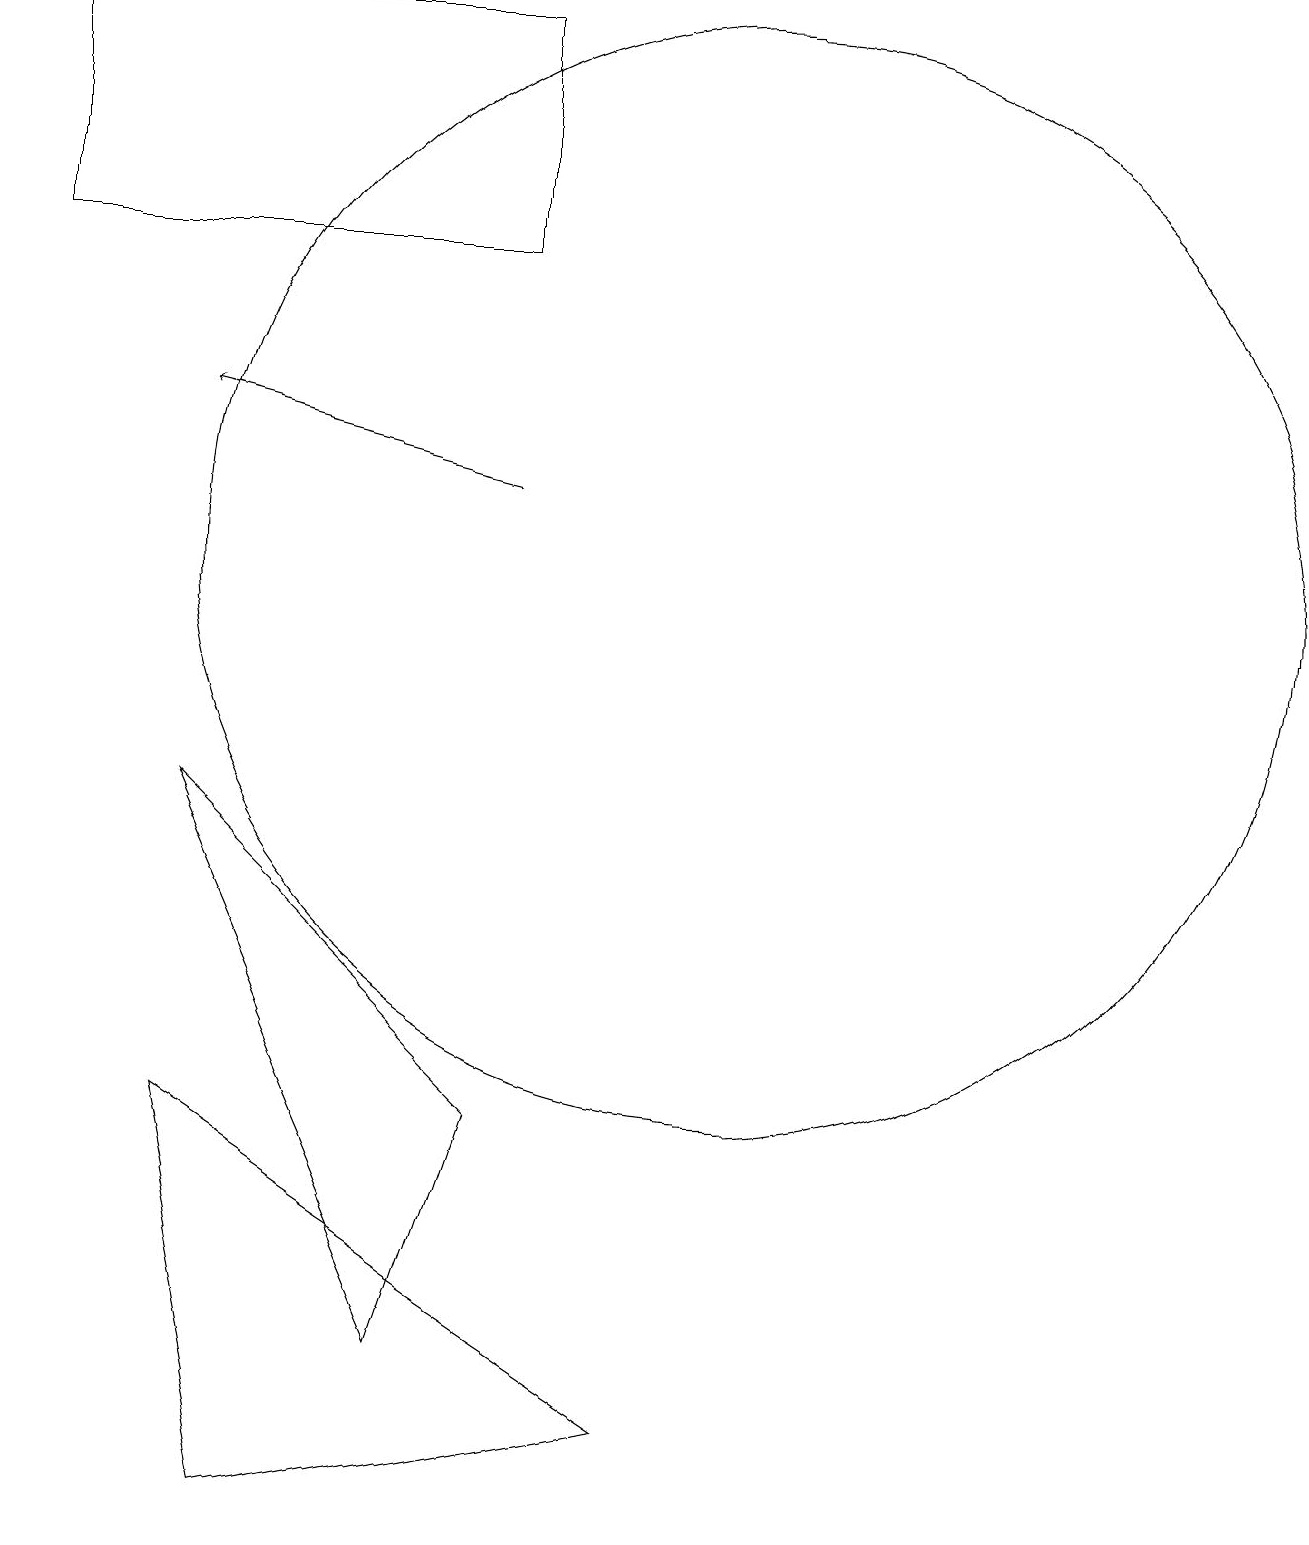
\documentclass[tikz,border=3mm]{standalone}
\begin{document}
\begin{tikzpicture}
\draw[->] (7,13) -- (3,14);
\draw (3,9) -- (7,5) -- (6,2) -- cycle;
\draw (7,16) rectangle (1,19);
\draw (3,5) -- (4,0) -- (9,1) -- cycle;
\draw (10,12) circle (7);
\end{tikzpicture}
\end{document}